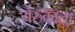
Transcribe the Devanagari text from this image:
येरुकाला